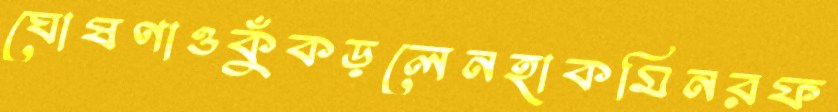
ঘোষণাওকুঁকড়লেনহাকমিনরফ